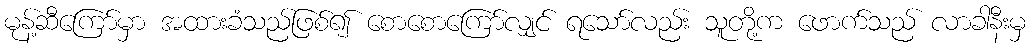
မုန့်ဆီကြော်မှာ အထားခံသည်ဖြစ်၍ စောစောကြော်လျှင် ရသော်လည်း သူတို့က ဖောက်သည် လာခါနီးမှ